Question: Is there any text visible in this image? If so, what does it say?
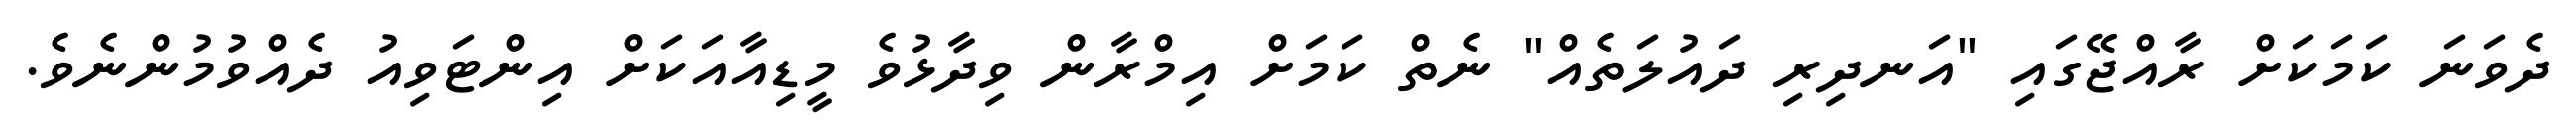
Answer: ދެވަނަ ކަމަކަށް ރާއްޖޭގައި "އަނދިރި ދައުލަތެއް" ނެތް ކަމަށް އިމްރާން ވިދާޅުވެ މީޑިއާއަކަށް އިންޓަވިއު ދެއްވުމުންނެވެ.